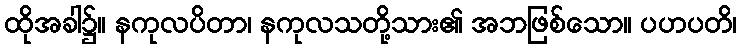
ထိုအခါ၌။ နကုလပိတာ၊ နကုလသတို့သား၏ အဘဖြစ်သော။ ပဟပတိ၊